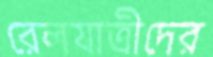
রেলযাত্রীদের